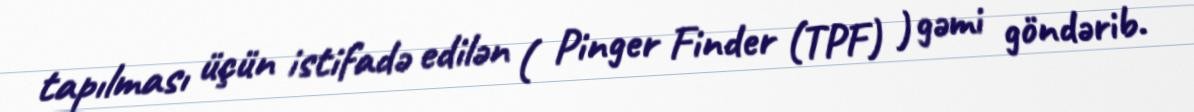
tapılması üçün istifadə edilən ( Pinger Finder (TPF) ) gəmi göndərib.